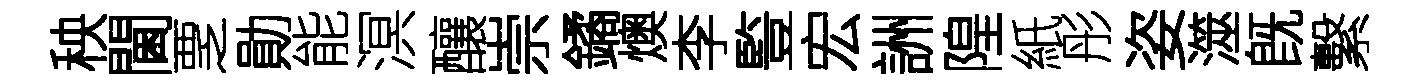
秧閫覂勛能溟釀崇鐍燠李䜿宏詶隍紙彤姿澨旣繫